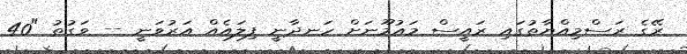
ރޭގެ ރަސްމިއްޔާތުގައި ރައީސް މައުމޫނަށް ހަނދާނީ ފިލައެއް އަރުވަނީ -- ވަގުތު "40